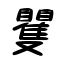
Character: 矍